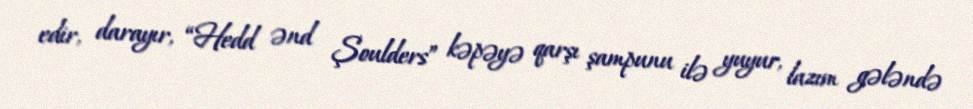
edir, darayır, “Hedd ənd Şoulders” kəpəyə qarşı şampunu ilə yuyur, lazım gələndə